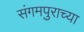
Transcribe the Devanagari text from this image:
संगमपुराच्या